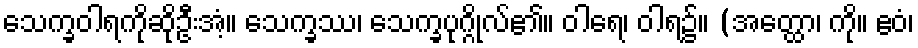
သေက္ခဝါရကိုဆိုဦးအံ့။ သေက္ခဿ၊ သေက္ခပုဂ္ဂိုလ်၏။ ဝါရေ၊ ဝါရ၌။ (အတ္ထော၊ ကို။ ဧဝံ၊